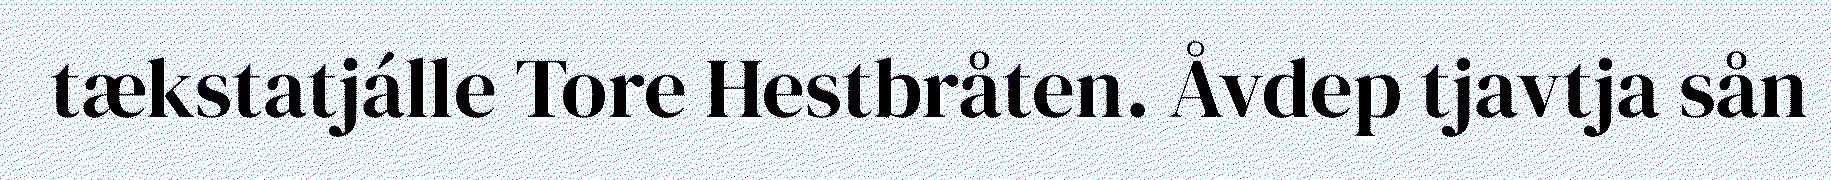
tækstatjálle Tore Hestbråten. Åvdep tjavtja sån